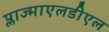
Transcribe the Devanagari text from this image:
प्लाज्माएलडीएल